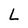
Character: L